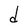
Character: d